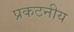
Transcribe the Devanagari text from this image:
प्रकटनीय